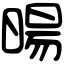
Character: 暘